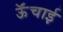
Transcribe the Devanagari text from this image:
ऊॅंचाई